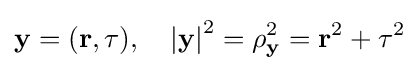
\mathbf {y} =(\mathbf {r} ,\tau ),\quad \left|\mathbf {y} \right|^{2}=\rho _{\mathbf {y} }^{2}=\mathbf {r} ^{2}+\tau ^{2}